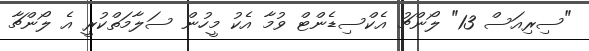
"ސިރިއަސް 13" ލޯންޗު އެކްސިޑެންޓް ވުމާ އެކު މީހުން ސަލާމަތްކުރީ އެ ލޯންޗާ